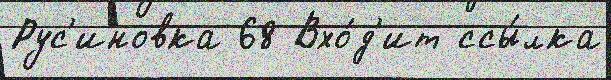
Рус'иновка 68 Вхо́д'ит ссы́лка